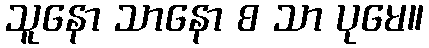
သူနော သာနော စ သာ ပုမေ။